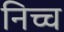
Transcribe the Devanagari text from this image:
निच्च